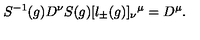
S ^ { - 1 } ( g ) D ^ { \nu } S ( g ) [ l _ { \pm } ( g ) ] _ { \nu } { } ^ { \mu } = D ^ { \mu } .